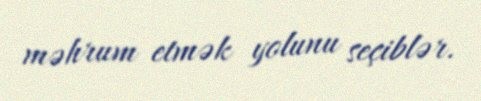
məhrum etmək yolunu seçiblər.